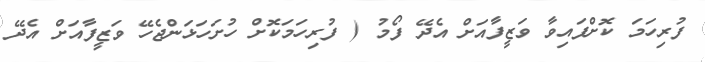
ފުރިހަމަ ކޮށްފައިވާ ވަޒީފާއަށް އެދޭ ފޯމު ( ފުރިހަމަކޮށް ހުށަހަޅަންޖެހޭ ވަޒީފާއަށް އެދޭ